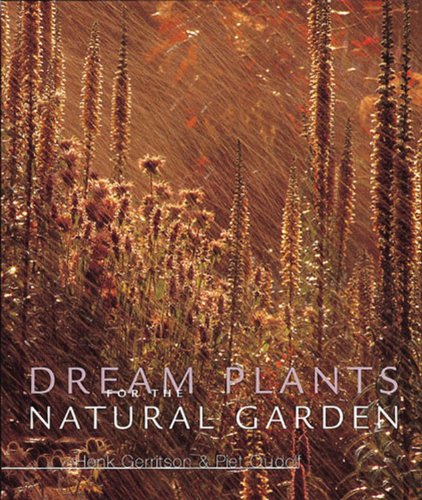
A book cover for Dream Plants for the Natural Garden; Henk Gerritsen; Crafts, Hobbies & Home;